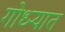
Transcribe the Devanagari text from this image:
गोध्ऱ्यात